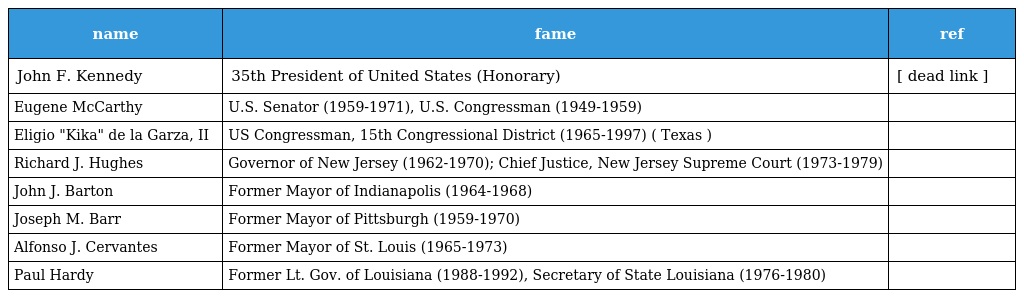
| name | fame | ref |
 | --- | --- | --- |
 | John F. Kennedy | 35th President of United States (Honorary) | [ dead link ] |
 | Eugene McCarthy | U.S. Senator (1959-1971), U.S. Congressman (1949-1959) |  |
 | Eligio "Kika" de la Garza, II | US Congressman, 15th Congressional District (1965-1997) ( Texas ) |  |
 | Richard J. Hughes | Governor of New Jersey (1962-1970); Chief Justice, New Jersey Supreme Court (1973-1979) |  |
 | John J. Barton | Former Mayor of Indianapolis (1964-1968) |  |
 | Joseph M. Barr | Former Mayor of Pittsburgh (1959-1970) |  |
 | Alfonso J. Cervantes | Former Mayor of St. Louis (1965-1973) |  |
 | Paul Hardy | Former Lt. Gov. of Louisiana (1988-1992), Secretary of State Louisiana (1976-1980) |  |